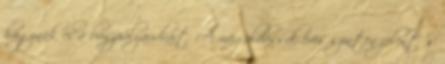
hagynák el a buszpályaudvart. A megoldással éves szinten jelentős